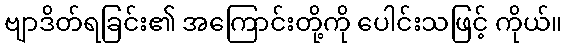
ဗျာဒိတ်ရခြင်း၏ အကြောင်းတို့ကို ပေါင်းသဖြင့် ကိုယ်။